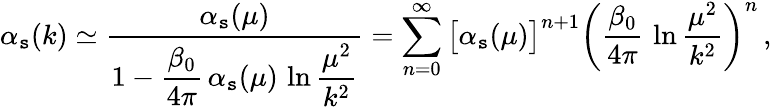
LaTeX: \alpha_{\mathtt{s}}(k)\simeq{\frac{{\alpha_{\mathtt{s}}(\mu)}}{{\displaystyle1-{\frac{{\beta_{0}}}{{4\pi}}}\, \alpha_{\mathtt{s}}(\mu)\, \ln{\frac{{\mu^{2}}}{{k^{2}}}}}}}=\sum_{n=0}^{\infty}\big[\alpha_{\mathtt{s}}(\mu)\big]^{n+1}\bigg({\frac{{\beta_{0}}}{{4\pi}}}\, \ln{\frac{{\mu^{2}}}{{k^{2}}}}\bigg)^{n}\, ,